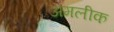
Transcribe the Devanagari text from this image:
अमलीक